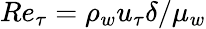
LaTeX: Re_{\tau}=\rho_{w}u_{\tau}\delta/\mu_{w}